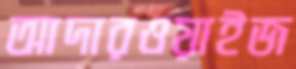
আদারওয়াইজ